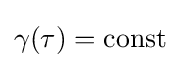
\gamma (\tau )={\text{const}}